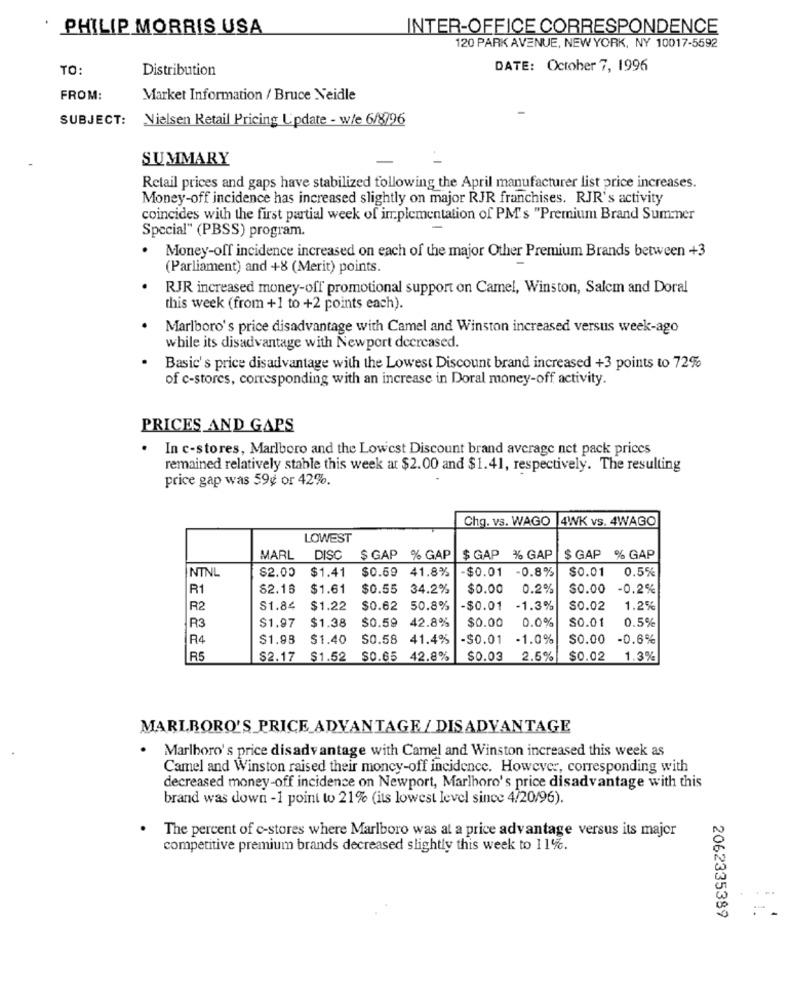
PHILIP MORRIS USA
INTER-OFFICE CORRESPONDENCE
120 PARK AVENUE, NEW YORK, NY 10017-5592
TO:
Distribution
DATE: October 7, 1996
FROM:
Market Information / Bruce Neidle
SUBJECT:
Nielsen Retail Pricing Update - w/e 6/8796
SUMMARY
Retail prices and gaps have stabilized following the April manufacturer list price increases.
Money-off incidence has increased slightly on major RJR franchises. RJR's activity
coincides with the first partial week of implementation of PM's "Premium Brand Sumner
Special" (PBSS) program.
.
Money-off incidence increased on each of the major Other Premium Brands between +3
(Parliament) and +8 (Merit) points.
RJR increased money-off promotional support on Camel, Winston, Salem and Doral
this week (from +1 to +2 points each).
Marlboro's price disadvantage with Camel and Winston increased versus week-ago
while its disadvantage with Newport decreased.
Basic's price disadvantage with the Lowest Discount brand increased +3 points to 72%
of c-stores, corresponding with an increase in Doral money-off activity.
PRICES AND GAPS
. In c-stores, Marlboro and the Lowest Discount brand average net pack prices
remained relatively stable this week ar $2.00 and $1.41, respectively. The resulting
price gap was 59¢ or 42%.
Chg. vs. WAGO |4WK vs. 4WAGO
LOWEST
MARL
DISC
$ GAP % GAP
$ GAP % GAP
$ GAP % GAP
NTNL
$2.00
$1.41
$0.59 41.8%
$0.01
-0.8%
$0.01
0.5%
R1
62.16
$1.61
$0.55 34.2%
$0.00
0.2%
$0.00
-0.2%
R2
S1.84
$1.22
$0.62 50.8%
-$0.01
-1.3%
$0.02
1.2%
$1.97
$1.38
$0.59 42.8%
$0.00
0.0%
$0.01
0.5%
R3
R4
$1.93
$1.40
$0.58 41.4%
$0.01
-1.0%
$0.00
-0.6%
R5
$2.17 $1.52
$0.65 42.8%
$0.03
2.6%
$0.02
1.3%
MARLBORO'S_PRICE ADVANTAGE / DISADVANTAGE
.
Marlboro' s price disadvantage with Camel and Winston increased this week as
Camel and Winston raised their moncy-off incidence. However, corresponding with
decreased money-off incidence on Newport, Marlboro's price disadvantage with this
brand was down -1 point to 21% (its lowest level since 4/20/96).
The percent of c-stores where Marlboro was at a price advantage versus its major
competitive premium brands decreased slightly this week to 11%.
2062335389